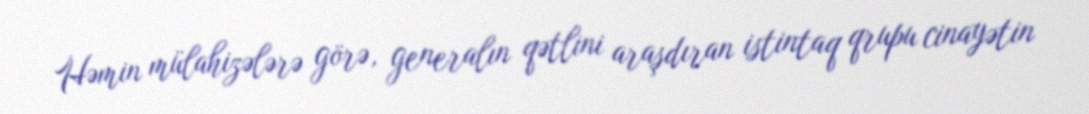
Həmin mülahizələrə görə, generalın qətlini araşdıran istintaq qrupu cinayətin